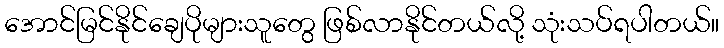
အောင်မြင်နိုင်ချေပိုများသူတွေ ဖြစ်လာနိုင်တယ်လို့ သုံးသပ်ရပါတယ်။